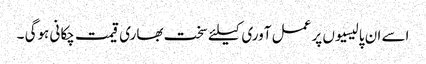
اسے ان پالیسیوں پر عمل آوری کیلئے سخت بھاری قیمت چکانی ہوگی ۔